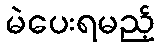
မဲပေးရမည့်